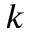
k